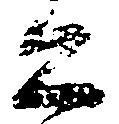
公